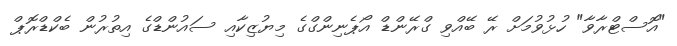
"އޮސްޓްރާވާ" ހުޅުވުމަށް ރޭ ބޭއްވި ގްރޭންޑް އޯޕެނިންގްގެ މިޔުޒިކާއި ސައުންޑްގެ އިތުރުން ބެކްޑްރޮޕް